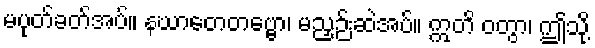
မပုတ်ခတ်အပ်။ နဃာတေတဗ္ဗော၊ မညှဉ်းဆဲအပ်။ ဣတိ ဝတွာ၊ ဤသို့